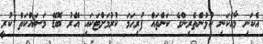
އެކަނި މާއެކަނި ކުޅުންތެރިންގެ ކަންތައް ފުރިހަމަ ކުރުމަށްޓަކައި އޭރު ބޮޑޭ މަސައްކަތް ކުރީ